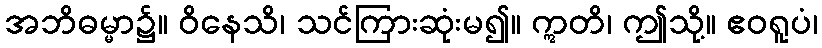
အဘိဓမ္မာ၌။ ဝိနေသိ၊ သင်ကြားဆုံးမ၍။ ဣတိ၊ ဤသို့။ ဧဝရူပံ၊